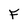
Character: F